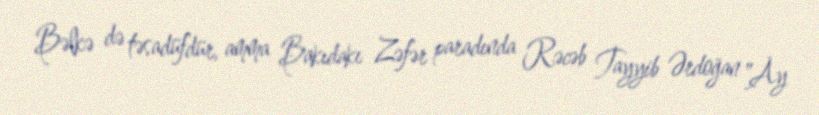
Bəlkə də təsadüfdür, amma Bakıdakı Zəfər paradında Rəcəb Tayyib Ərdoğan "Ay